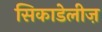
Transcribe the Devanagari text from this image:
सिकाडेलीज़